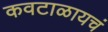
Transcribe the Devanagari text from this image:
कवटाळायचं